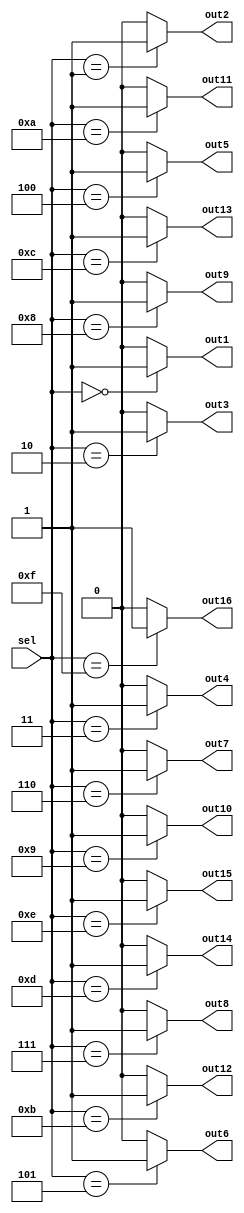
module demux_1to16 (
    input wire [3:0] sel,
    output reg out1, out2, out3, out4, out5, out6, out7, out8, 
    output reg out9, out10, out11, out12, out13, out14, out15, out16
);

always @(*) begin
    out1 = (sel == 4'b0000) ? 1'b1 : 1'b0;
    out2 = (sel == 4'b0001) ? 1'b1 : 1'b0;
    out3 = (sel == 4'b0010) ? 1'b1 : 1'b0;
    out4 = (sel == 4'b0011) ? 1'b1 : 1'b0;
    out5 = (sel == 4'b0100) ? 1'b1 : 1'b0;
    out6 = (sel == 4'b0101) ? 1'b1 : 1'b0;
    out7 = (sel == 4'b0110) ? 1'b1 : 1'b0;
    out8 = (sel == 4'b0111) ? 1'b1 : 1'b0;
    out9 = (sel == 4'b1000) ? 1'b1 : 1'b0;
    out10 = (sel == 4'b1001) ? 1'b1 : 1'b0;
    out11 = (sel == 4'b1010) ? 1'b1 : 1'b0;
    out12 = (sel == 4'b1011) ? 1'b1 : 1'b0;
    out13 = (sel == 4'b1100) ? 1'b1 : 1'b0;
    out14 = (sel == 4'b1101) ? 1'b1 : 1'b0;
    out15 = (sel == 4'b1110) ? 1'b1 : 1'b0;
    out16 = (sel == 4'b1111) ? 1'b1 : 1'b0;
end

endmodule